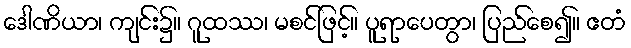
ဒေါဏိယာ၊ ကျင်း၌။ ဂူထဿ၊ မစင်ဖြင့်။ ပူရာပေတွာ၊ ပြည်စေ၍။ ဧတံ